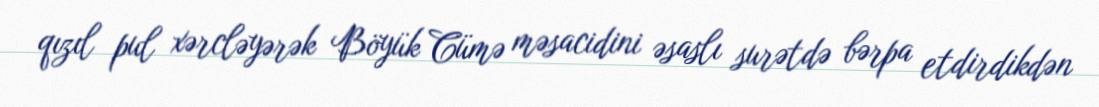
qızıl pul xərcləyərək Böyük Cümə məsacidini əsaslı surətdə bərpa etdirdikdən